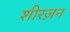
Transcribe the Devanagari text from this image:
शीरज़न